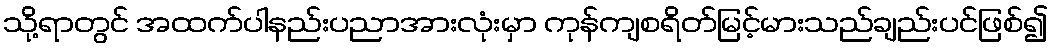
သို့ရာတွင် အထက်ပါနည်းပညာအားလုံးမှာ ကုန်ကျစရိတ်မြင့်မားသည်ချည်းပင်ဖြစ်၍